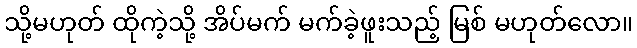
သို့မဟုတ် ထိုကဲ့သို့ အိပ်မက် မက်ခဲ့ဖူးသည့် မြစ် မဟုတ်လော။